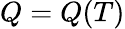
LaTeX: Q=Q(T)